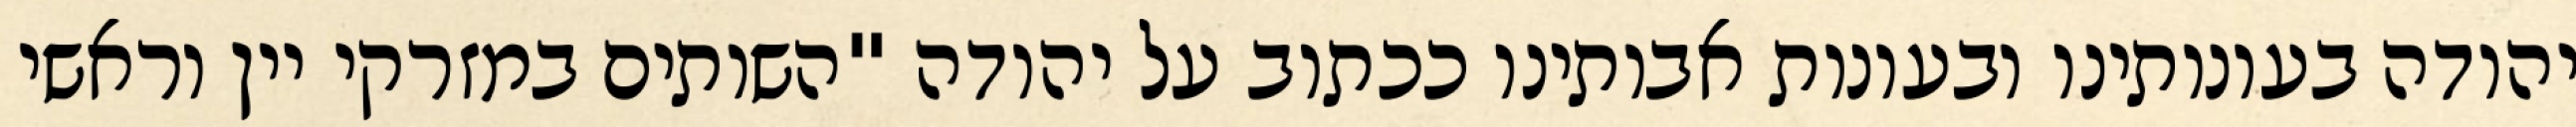
יהודה בעונותינו ובעונות אבותינו ככתוב על יהודה "השותים במזרקי יין וראשי‏